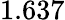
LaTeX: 1.637